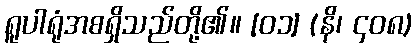
ရူပါရုံအစရှိသည်တို့၏။ [၀၁] (နိ၊ ၄၀၈)